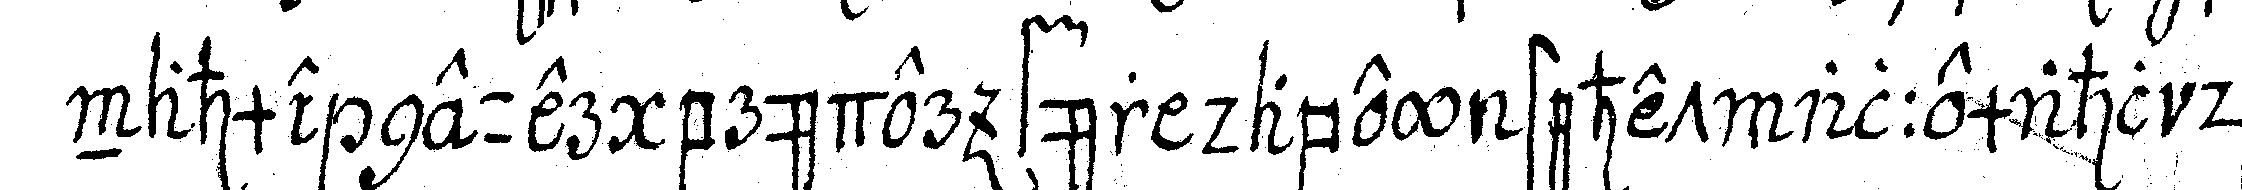
nahme neuer brüder für dabey stehet allemahl der